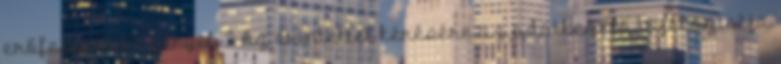
erőfeszítést igényel. 2 Az érintettet kérésére az adatkezelő tájékoztatja